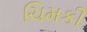
ચિમકી